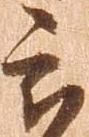
被